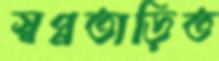
স্বপ্নতাড়িত